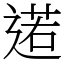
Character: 逽